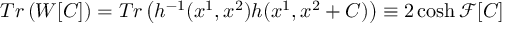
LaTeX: T r \left( W [ C ] \right) = T r \left( h ^ { - 1 } ( x ^ { 1 } , x ^ { 2 } ) h ( x ^ { 1 } , x ^ { 2 } + C ) \right) \equiv 2 \cosh { \mathcal { F } [ C ] }